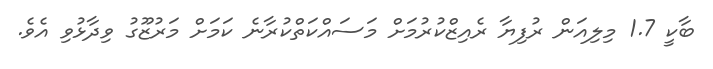
ބާކީ 1.7 މިލިއަން ރުފިޔާ ރެއިޒްކުރުމަށް މަސައްކަތްކުރާނެ ކަމަށް މަރުޒޫގު ވިދާޅުވި އެވެ.